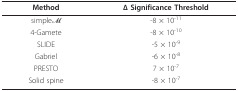
| Method | Δ Significance Threshold |
 | --- | --- |
 | simpleM | -8 × 10-11 |
 | 4-Gamete | -8 × 10-10 |
 | SLIDE | -5 × 10-9 |
 | Gabriel | -6 × 10-8 |
 | PRESTO | 7 × 10-7 |
 | Solid spine | -8 × 10-7 |